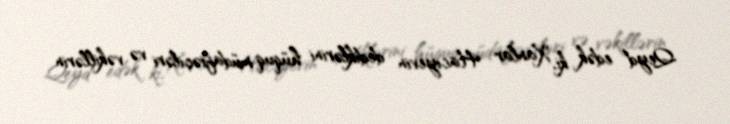
Qeyd edək ki, Xanlar Hacıyevin dediklərini hüquq müdafiəçiləri və vəkillərin